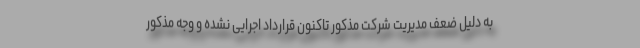
به دلیل ضعف مدیریت شرکت مذکور تاکنون قرارداد اجرایی نشده و وجه مذکور